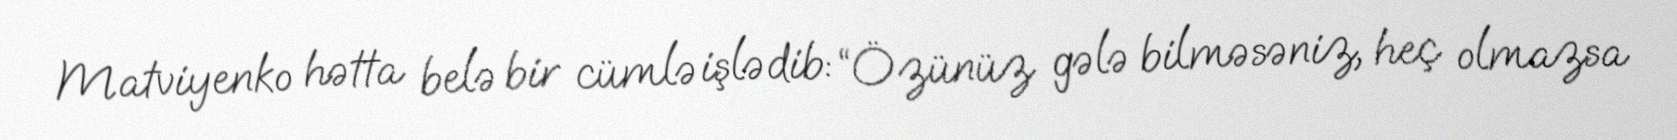
Matviyenko hətta belə bir cümlə işlədib: “Özünüz gələ bilməsəniz, heç olmazsa